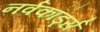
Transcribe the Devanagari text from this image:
नर्वकॉर्ड्स